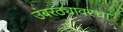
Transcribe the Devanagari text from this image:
उंबरठ्यावरचा